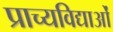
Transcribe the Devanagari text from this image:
प्राच्यविद्याओं